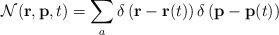
LaTeX: \begin{align*}{\cal N}({\bf r},{\bf p},t)=\sum_a\delta\left ({\bf r}-{\bf r}(t)\right)\delta\left ({\bf p}-{\bf p}(t)\right )\end{align*}